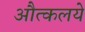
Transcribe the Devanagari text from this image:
औत्कलये